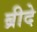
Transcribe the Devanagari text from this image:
ब्रीदे